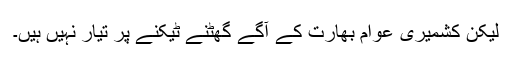
لیکن کشمیری عوام بھارت کے آگے گھٹنے ٹیکنے پر تیار نہیں ہیں۔